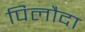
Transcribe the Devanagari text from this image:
पिलौदा